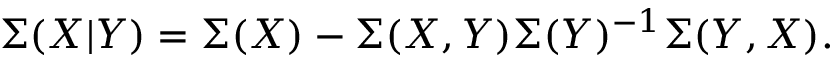
\Sigma ( X | Y ) = \Sigma ( X ) - \Sigma ( X , Y ) \Sigma ( Y ) ^ { - 1 } \Sigma ( Y , X ) .